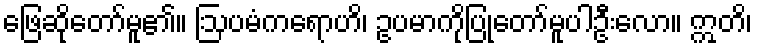
ဖြေဆိုတော်မူ၏။ ဩပမံကရောဟိ၊ ဥပမာကိုပြုတော်မူပါဦးလော။ ဣတိ၊